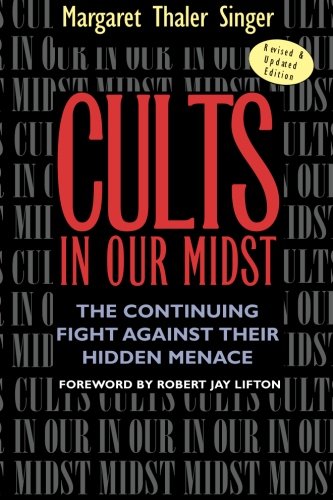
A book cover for Cults in Our Midst: The Continuing Fight Against Their Hidden Menace; Margaret Thaler Singer; Religion & Spirituality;